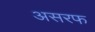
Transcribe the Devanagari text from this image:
असरफ